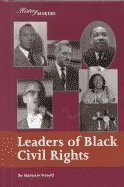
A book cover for History Makers - Leaders of Black Civil Rights; Marjorie Vernell; Teen & Young Adult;